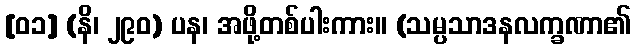
[၀၁] (နိ၊ ၂၉၀) ပန၊ အဖို့တစ်ပါးကား။ (သမ္ပသာဒနလက္ခဏာ၏